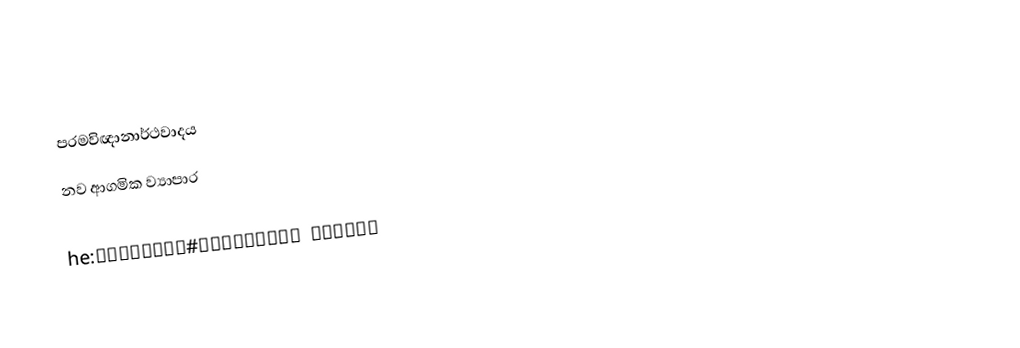
පරමවිඥානාර්ථවාදය
නව ආගමික ව්‍යාපාර

he:האגודה התאוסופית#תאוסופיה